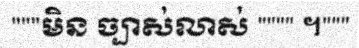
"""មិន ច្បាស់លាស់ """" ។"""